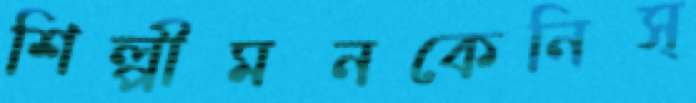
শিল্পীমনকেনিস্